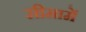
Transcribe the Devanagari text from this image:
सीमामें